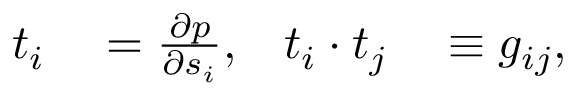
\begin{array} { r l r l } { { t } _ { i } } & { { } = \frac { \partial { p } } { \partial s _ { i } } , } & { t _ { i } \cdot t _ { j } } & { { } \equiv g _ { i j } , } \end{array}